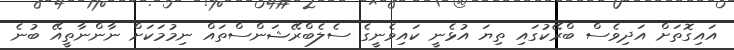
އައިގޮތަށް އަދިވެސް ބްރޭކުގައި ތިޔަ އުޅެނީ ކައިވެނީގެ ސެލެބްރޭޝަންސްތައް ނިމުމަކަށް ނާންނާތީއޭ ބުނެ